Civil Veterinary Dept. Bombay admin report 1914-1922 - 1914-1922
Year: 1914
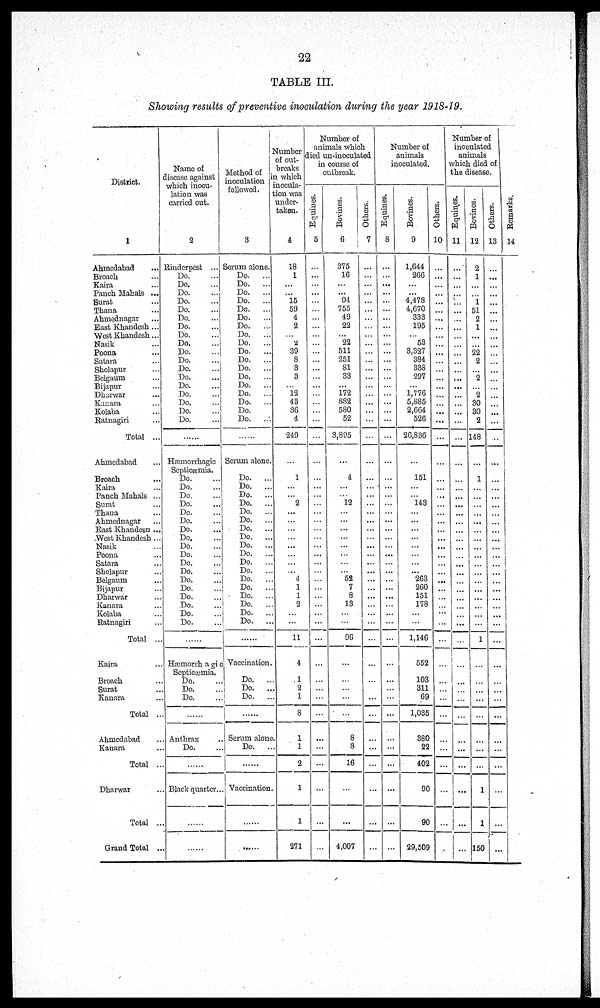
22
TABLE III.
Showing results of preventive inoculation during the year 1918-19.
District.
1
Ahmedabad ...
Broach …
Kaira ...
Panch Mahals ...
Surat ...
Thana ...
Ahmednagar ...
East Khandesh ...
West Khandesh...
Nasik ...
Poona ...
Satara ...
Sholapur ...
Belgaum ...
Bijapur ...
Dharwar ...
Kanara ...
Kolaba ...
Ratnagiri ...
Total ...
Ahmedabad ...
Broach ...
Kaira ...
Panch Mahals ...
Surat ...
Thana ...
Ahmednagar ...
East Khandesh ...
West Khandesh ...
Nasik ...
Poona ...
Satara ...
Sholapur ...
Belgaum...
Bijapur ...
Dharwar ...
Kanara ...
Kolaba ...
Ratnagiri ...
Total ...
Kaira ...
Broach ...
Surat ...
Kanara ...
Total ...
Ahmedabad ...
Kanara ...
Total ...
Dharwar ...
Total ...
Grand Total ...
Name of
disease against
which inocu-
lation was
carried out.
2
Rinderpest ...
Do. …
Do. …
Do. …
Do. …
Do. …
Do. …
Do. …
Do. …
Do.
...
Do.
...
Do. …
Do. …
Do. …
Do. …
Do. …
Do. …
Do. …
Do. …
.......
Hæorrhagic
Septicæmia.
Do. ...
Do. ...
Do. ...
Do. ...
Do. ...
Do. ...
Do. ...
Do. ...
Do. ...
Do. ...
Do. ...
Do. ...
Do. ...
Do. ...
Do. ...
Do. ...
Do. ...
Do. ...
......
Hæmorrhagic
Septicæmia.
Do. ...
Do. ...
Do. ...
......
Anthrax ...
Do. ...
......
Black quarter ...
.......
......
Method of
inoculation
followed.
3
Serum alone.
Do.
...
Do.
...
Do.
...
Do.
...
Do.
...
Do.
...
Do.
...
Do.
...
Do.
...
Do.
...
Do.
...
Do.
...
Do.
...
Do. …
Do.
...
Do.
...
Do. …
Do. ...
......
Serum alone.
Do.
...
Do.
...
Do.
...
Do.
...
Do.
...
Do.
...
Do.
...
Do.
...
Do.
...
Do.
...
Do.
...
Do.
...
Do.
...
Do.
...
Do. ...
Do.
...
Do. ...
Do.
...
......
Vaccination.
Do. ...
Do. ...
Do. ...
......
Serum alone
Do. ...
......
Vaccination.
......
Number
of out¬
breaks
a which
inocula¬
tion was
under-
taken.
4
18
1
…
…
15
59
4
2
…
2
39
8
3
3
…
12
43
36
4
249
…
1
…
…
2
...
…
…
…
…
…
…
...
4
1
1
2
…
…
11
4
1
2
1
8
1
1
2
1
1
271
Number of
animals which
led un-inoculated
in course of
outbreak.
Equines.
5
…
…
…
…
…
…
…
…
…
…
…
…
…
…
…
…
…
…
…
…
…
…
…
…
…
…
…
…
…
…
...
…
…
…
…
…
…
…
…
...
…
…
…
…
…
…
…
…
…
…
…
Bovines.
6
375
16
...
…
94
755
49
22
…
22
511
251
81
33
…
172
882
580
52
3,895
…
4
…
…
12
…
…
…
…
…
…
…
…
52
7
8
13
...
...
96
...
…
…
…
…
8
8
16
…
...
4,007
Others.
7
…
…
…
...
...
...
…
…
…
…
…
…
…
…
…
…
…
…
…
…
…
...
…
…
…
…
…
…
…
...
…
…
...
…
...
...
…
…
…
...
…
…
…
…
…
…
…
…
…
...
…
Number of
animals
inoculated.
Equines.
8
…
…
...
...
…
…
…
…
…
…
…
…
…
…
…
…
...
…
…
…
…
…
…
…
…
...
...
…
…
…
...
…
…
...
…
...
…
…
…
…
…
...
…
…
…
…
...
…
...
…
…
Bovines.
9
1,644
266
...
...
4,478
4,670
333
195
...
53
3,327
384
338
297
…
1,776
5,885
2,664
526
26,836
…
151
…
…
143
…
...
…
…
…
…
…
…
263
260
151
178
…
…
1,146
552
103
311
69
1,035
380
22
402
90
90
29,509
Number of
inoculated
animals
which died of
the disease.
Others.
10
…
...
…
...
...
…
...
…
...
…
...
…
…
…
…
…
…
...
...
…
…
…
…
...
…
…
…
…
…
...
…
…
…
...
...
...
…
…
…
…
…
…
…
…
…
…
…
…
…
…
…
Equines.
11
…
…
…
…
…
...
...
…
…
…
…
…
…
…
...
…
…
…
...
…
…
…
…
…
…
...
...
…
…
…
…
…
…
…
...
…
…
…
…
…
…
…
…
…
…
…
...
...
...
…
…
Bovines.
12
2
1
…
…
1
51
2
1
…
…
22
2
…
2
...
2
30
30
2
148
…
1
…
…
…
…
...
…
…
…
...
…
…
…
...
...
…
...
…
1
…
…
…
...
…
…
…
…
1
1
150
Others.
13
…
…
…
…
…
…
…
…
…
…
…
…
…
…
…
…
…
…
...
…
…
…
...
…
…
…
…
…
…
…
…
…
…
...
...
…
…
…
…
…
…
…
…
…
...
…
…
…
…
…
...
Remarks,
14